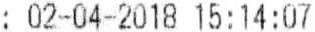
: 02-04-2018 15:14:07